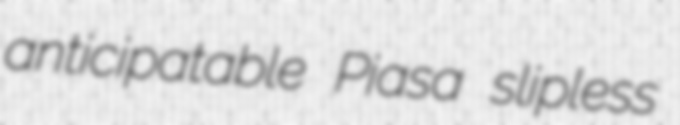
anticipatable Piasa slipless